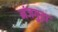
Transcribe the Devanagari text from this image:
नंजगुड़ा